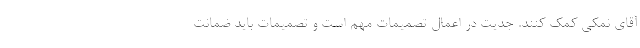
آقای نمکی کمک کنند. جدیت در اعمال تصمیمات مهم است و تصمیمات باید ضمانت